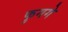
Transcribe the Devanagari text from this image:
फुगगे